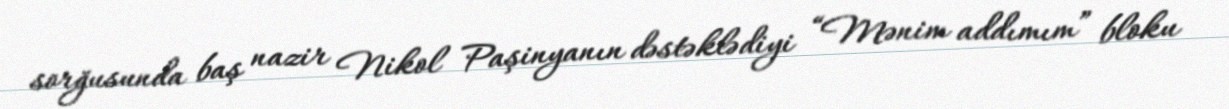
sorğusunda baş nazir Nikol Paşinyanın dəstəklədiyi “Mənim addımım” bloku